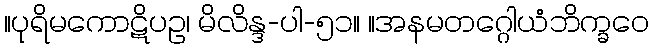
။ပုရိမကောဋိပဥ၊ မိလိန္ဒ-ပါ-၅၁။ ။အနမတဂ္ဂေါယံဘိက္ခဝေ